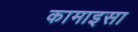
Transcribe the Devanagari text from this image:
कामाइसा